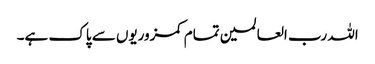
اللہ رب العالمین تمام کمزوریوں سے پاک ہے۔